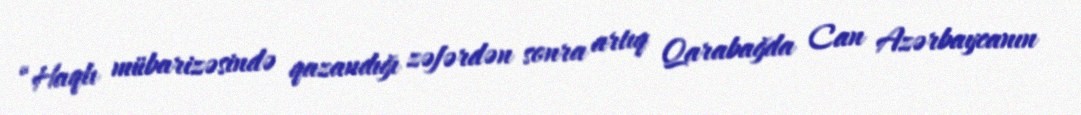
“Haqlı mübarizəsində qazandığı zəfərdən sonra artıq Qarabağda Can Azərbaycanın